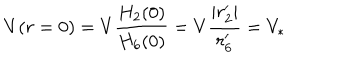
V ( r = 0 ) = V { \frac { H _ { 2 } ( 0 ) } { H _ { 6 } ( 0 ) } } = V { \frac { | r _ { 2 } ^ { \prime } | } { r _ { 6 } ^ { \prime } } } = V _ { * }